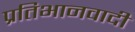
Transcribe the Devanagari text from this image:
प्रतिभानवादी